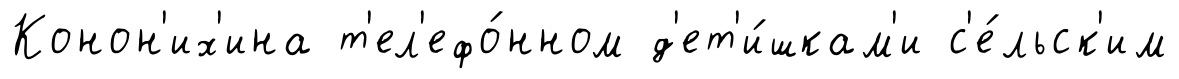
Конон'их'ина т'ел'ефо́нном д'ет'и́шкам'и с'е́льск'им